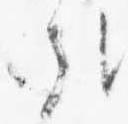
哉